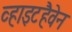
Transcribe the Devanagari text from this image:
व्हाइटहैवेन